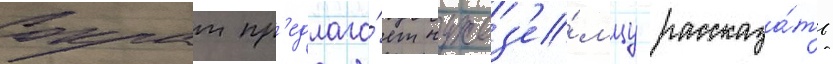
Сократ пр'едлага́ет чужез'е́мцу рассказа́ть